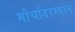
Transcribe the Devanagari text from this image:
मोर्चादरम्यान